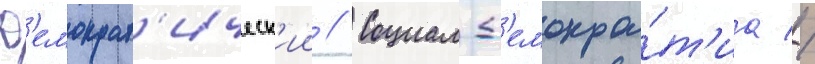
Д'емократ'ическ'ии // Социал-д'емокра́т'иа //